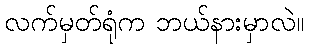
လက်မှတ်ရုံက ဘယ်နားမှာလဲ။